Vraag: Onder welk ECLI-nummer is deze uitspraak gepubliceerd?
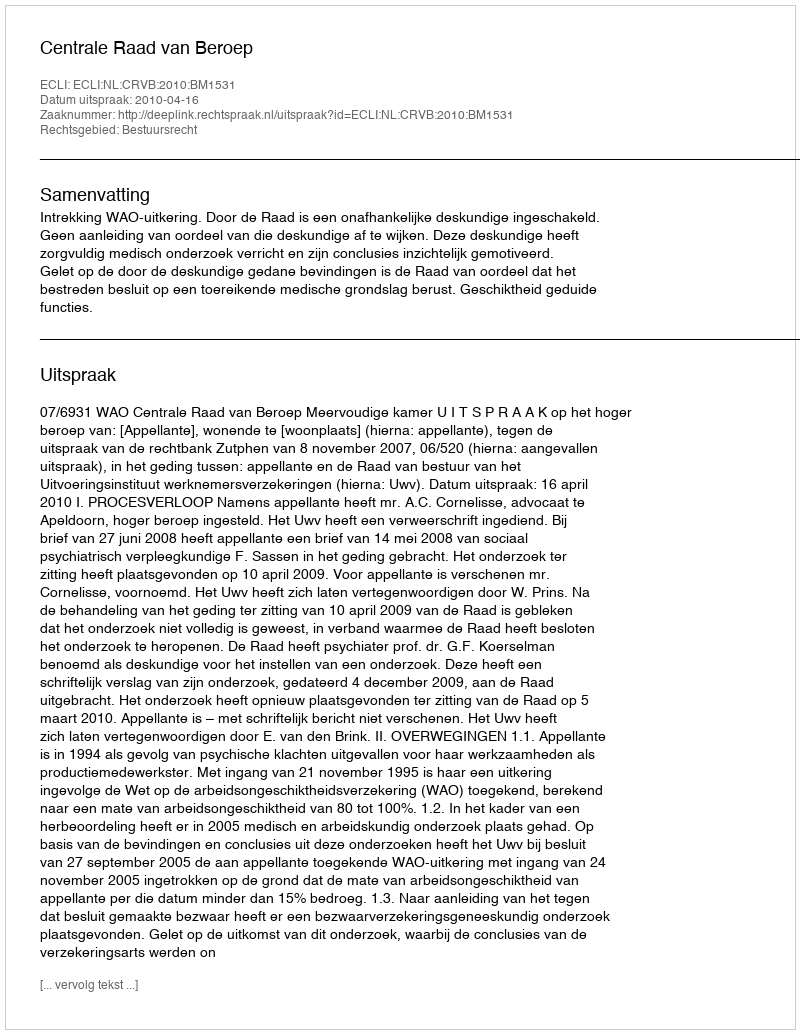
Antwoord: ECLI:NL:CRVB:2010:BM1531